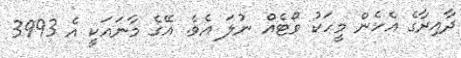
ދާއިރާގެ އެހެން މީހަކު ވޯޓެއް ނުލަ އެވެ. އޭގެ މާނައަކީ އެ 3993